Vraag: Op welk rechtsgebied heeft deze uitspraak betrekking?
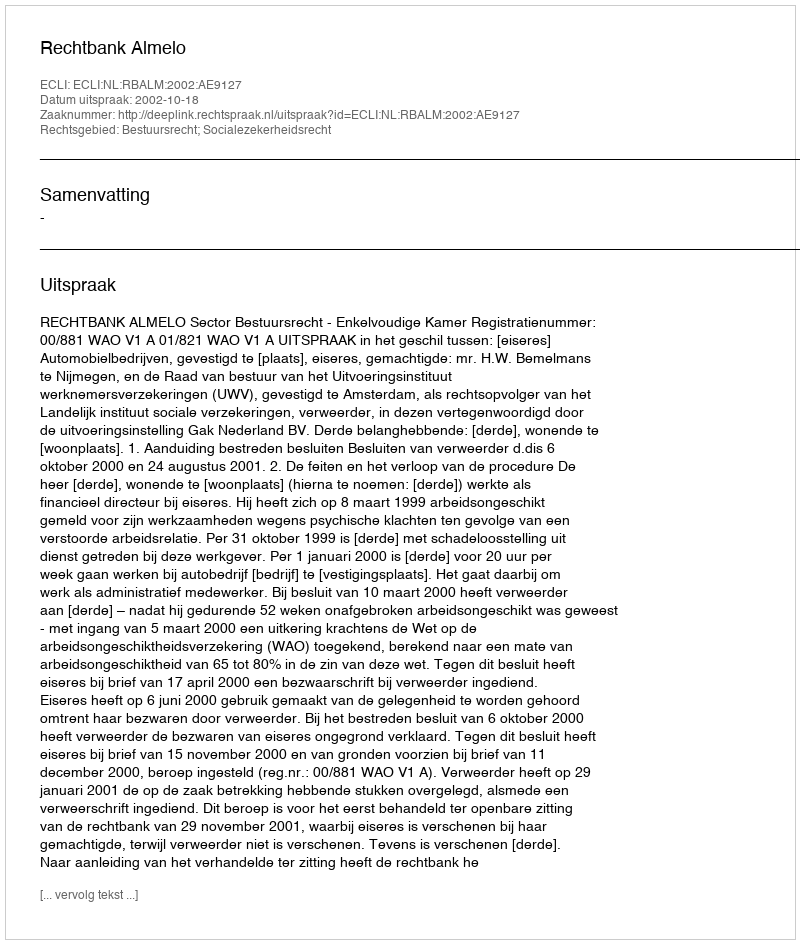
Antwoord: Bestuursrecht; Socialezekerheidsrecht